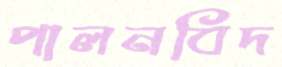
পালনবিদ